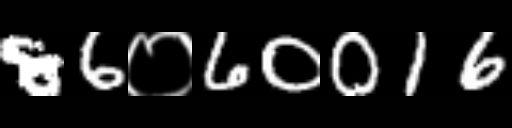
Text: 86०60016